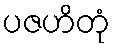
ပဇဟိတုံ